255_413270_UFO's_and_Defense_What_Should_we_Prepare_For
Agency: NASA
Page 78
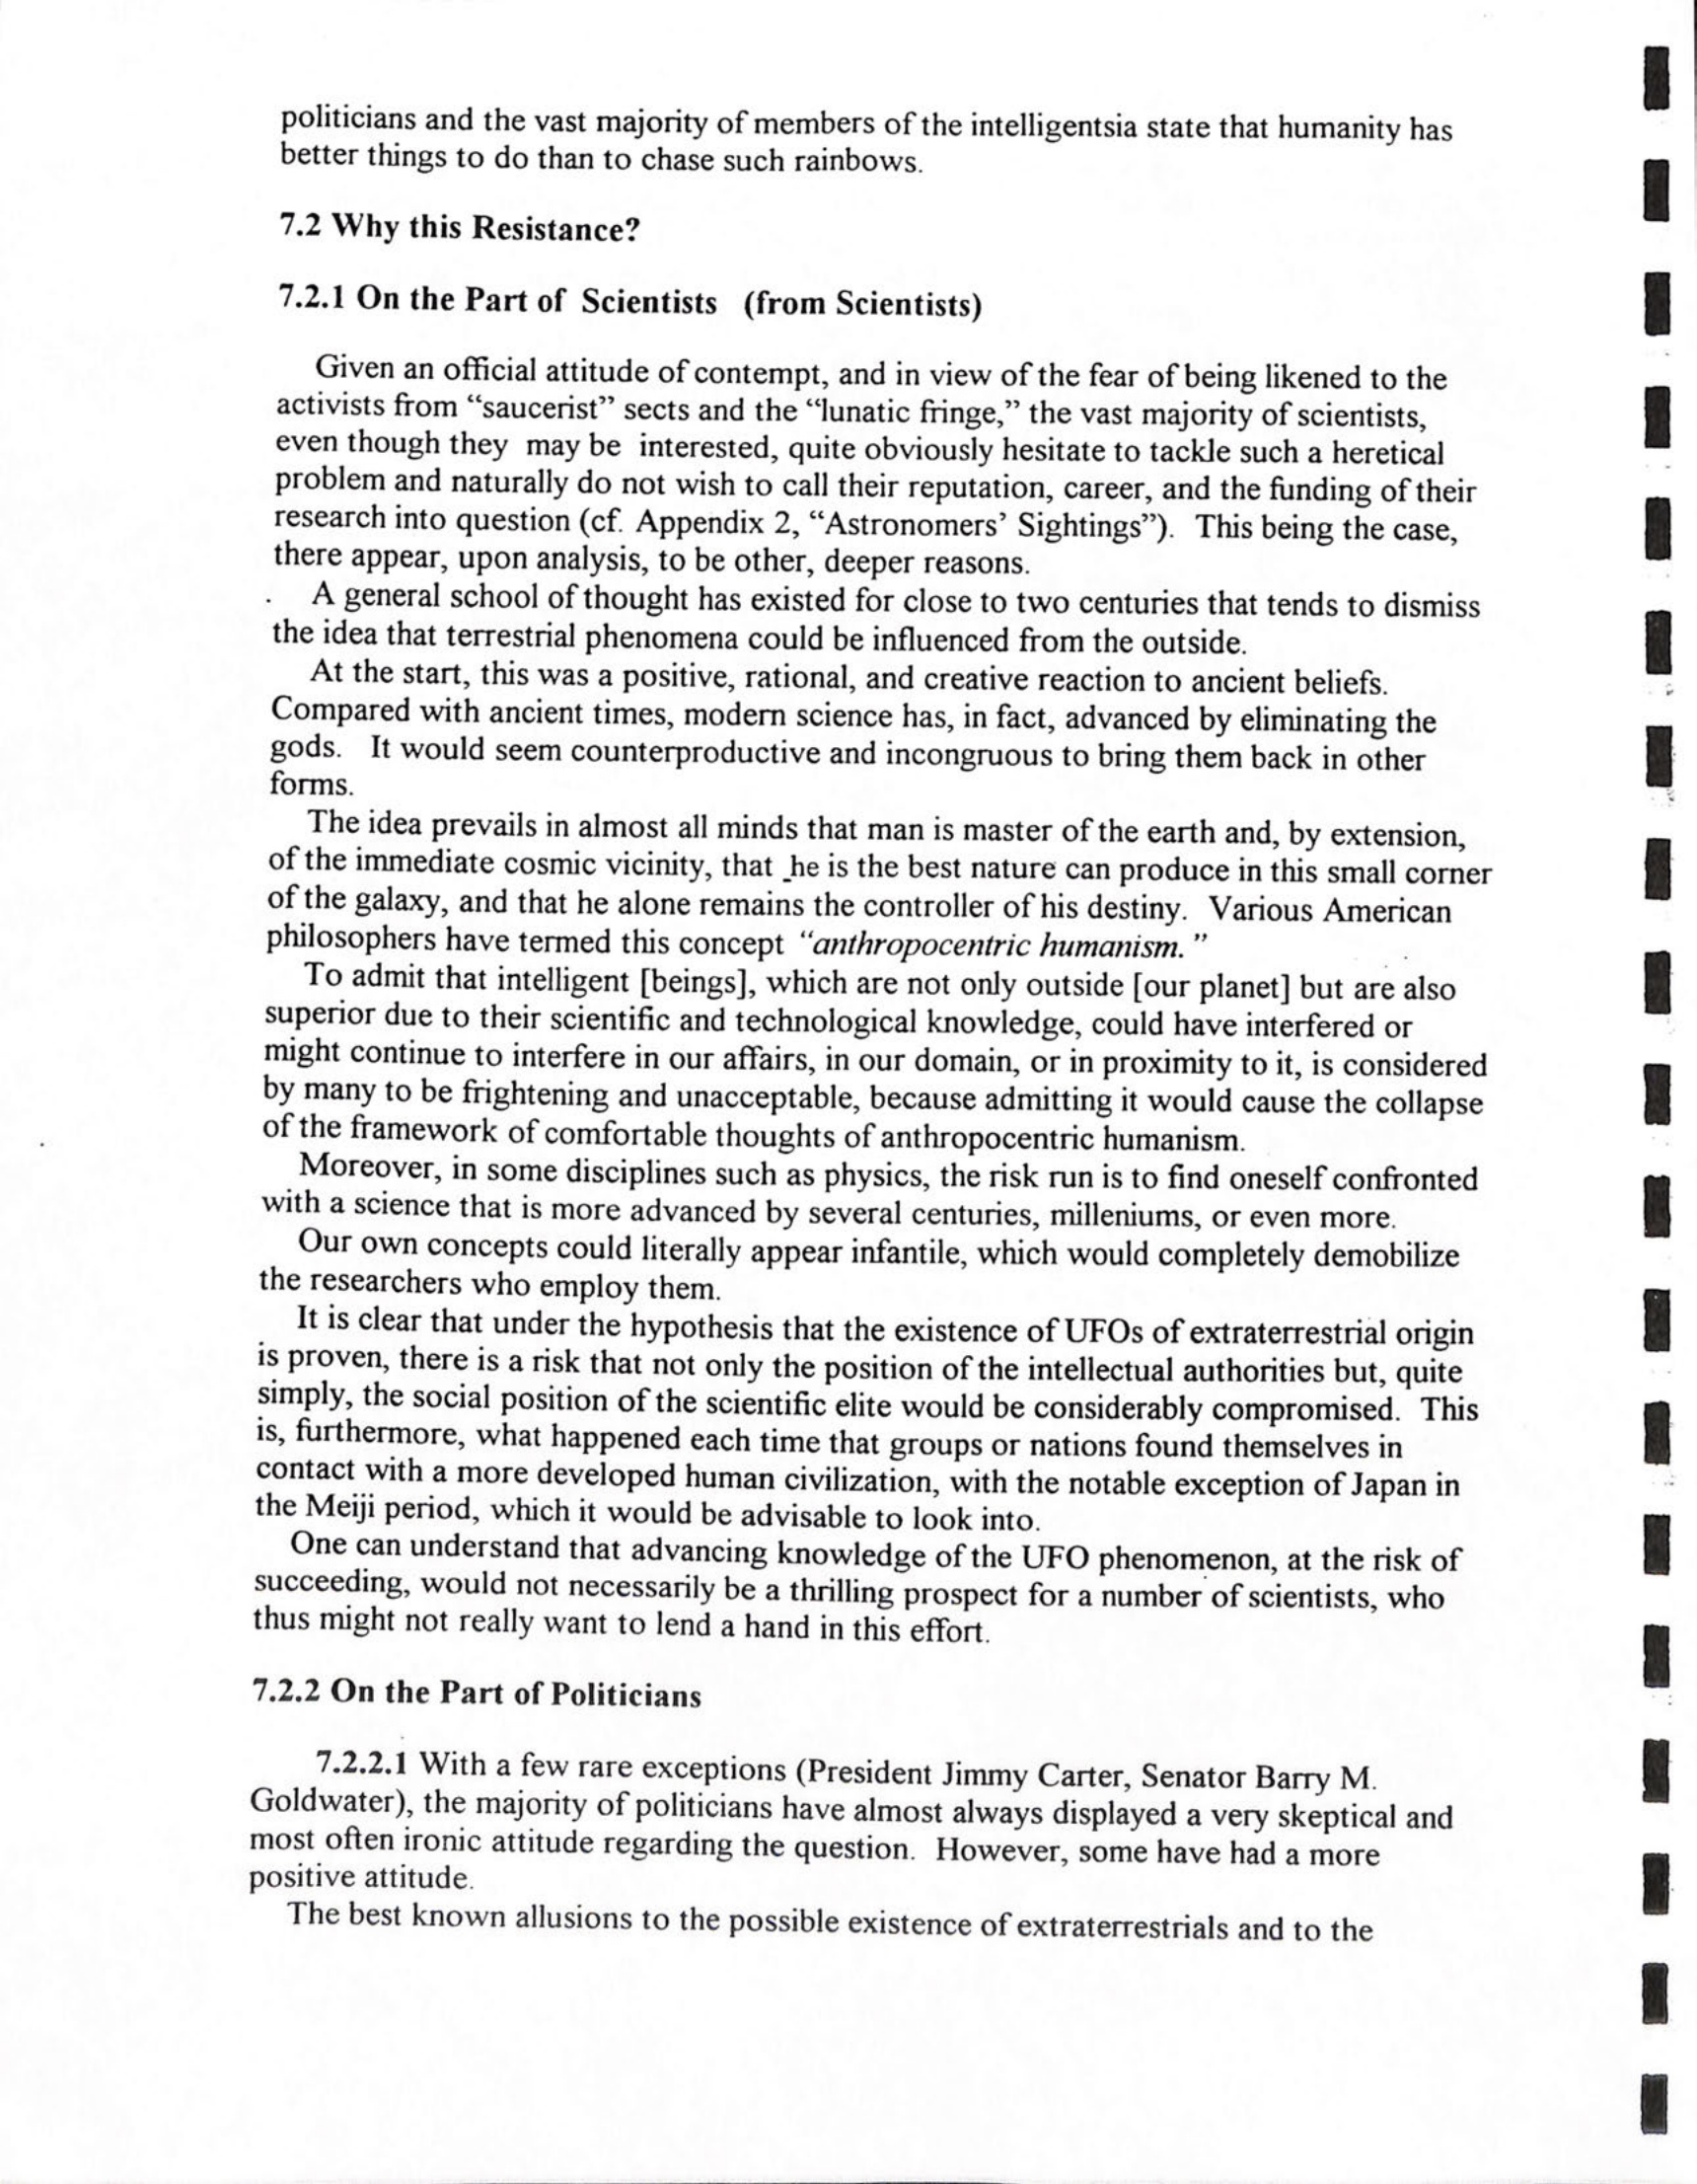